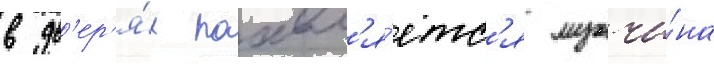
в дв'ер'я́х поавл'я́етс'я мужчи́на